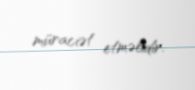
müraciət etməlidir.